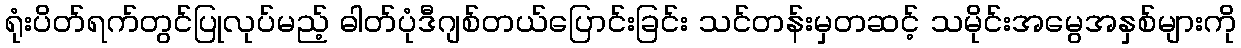
ရုံးပိတ်ရက်တွင်ပြုလုပ်မည့် ဓါတ်ပုံဒီဂျစ်တယ်ပြောင်းခြင်း သင်တန်းမှတဆင့် သမိုင်းအမွေအနှစ်များကို